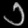
Digit: ၁